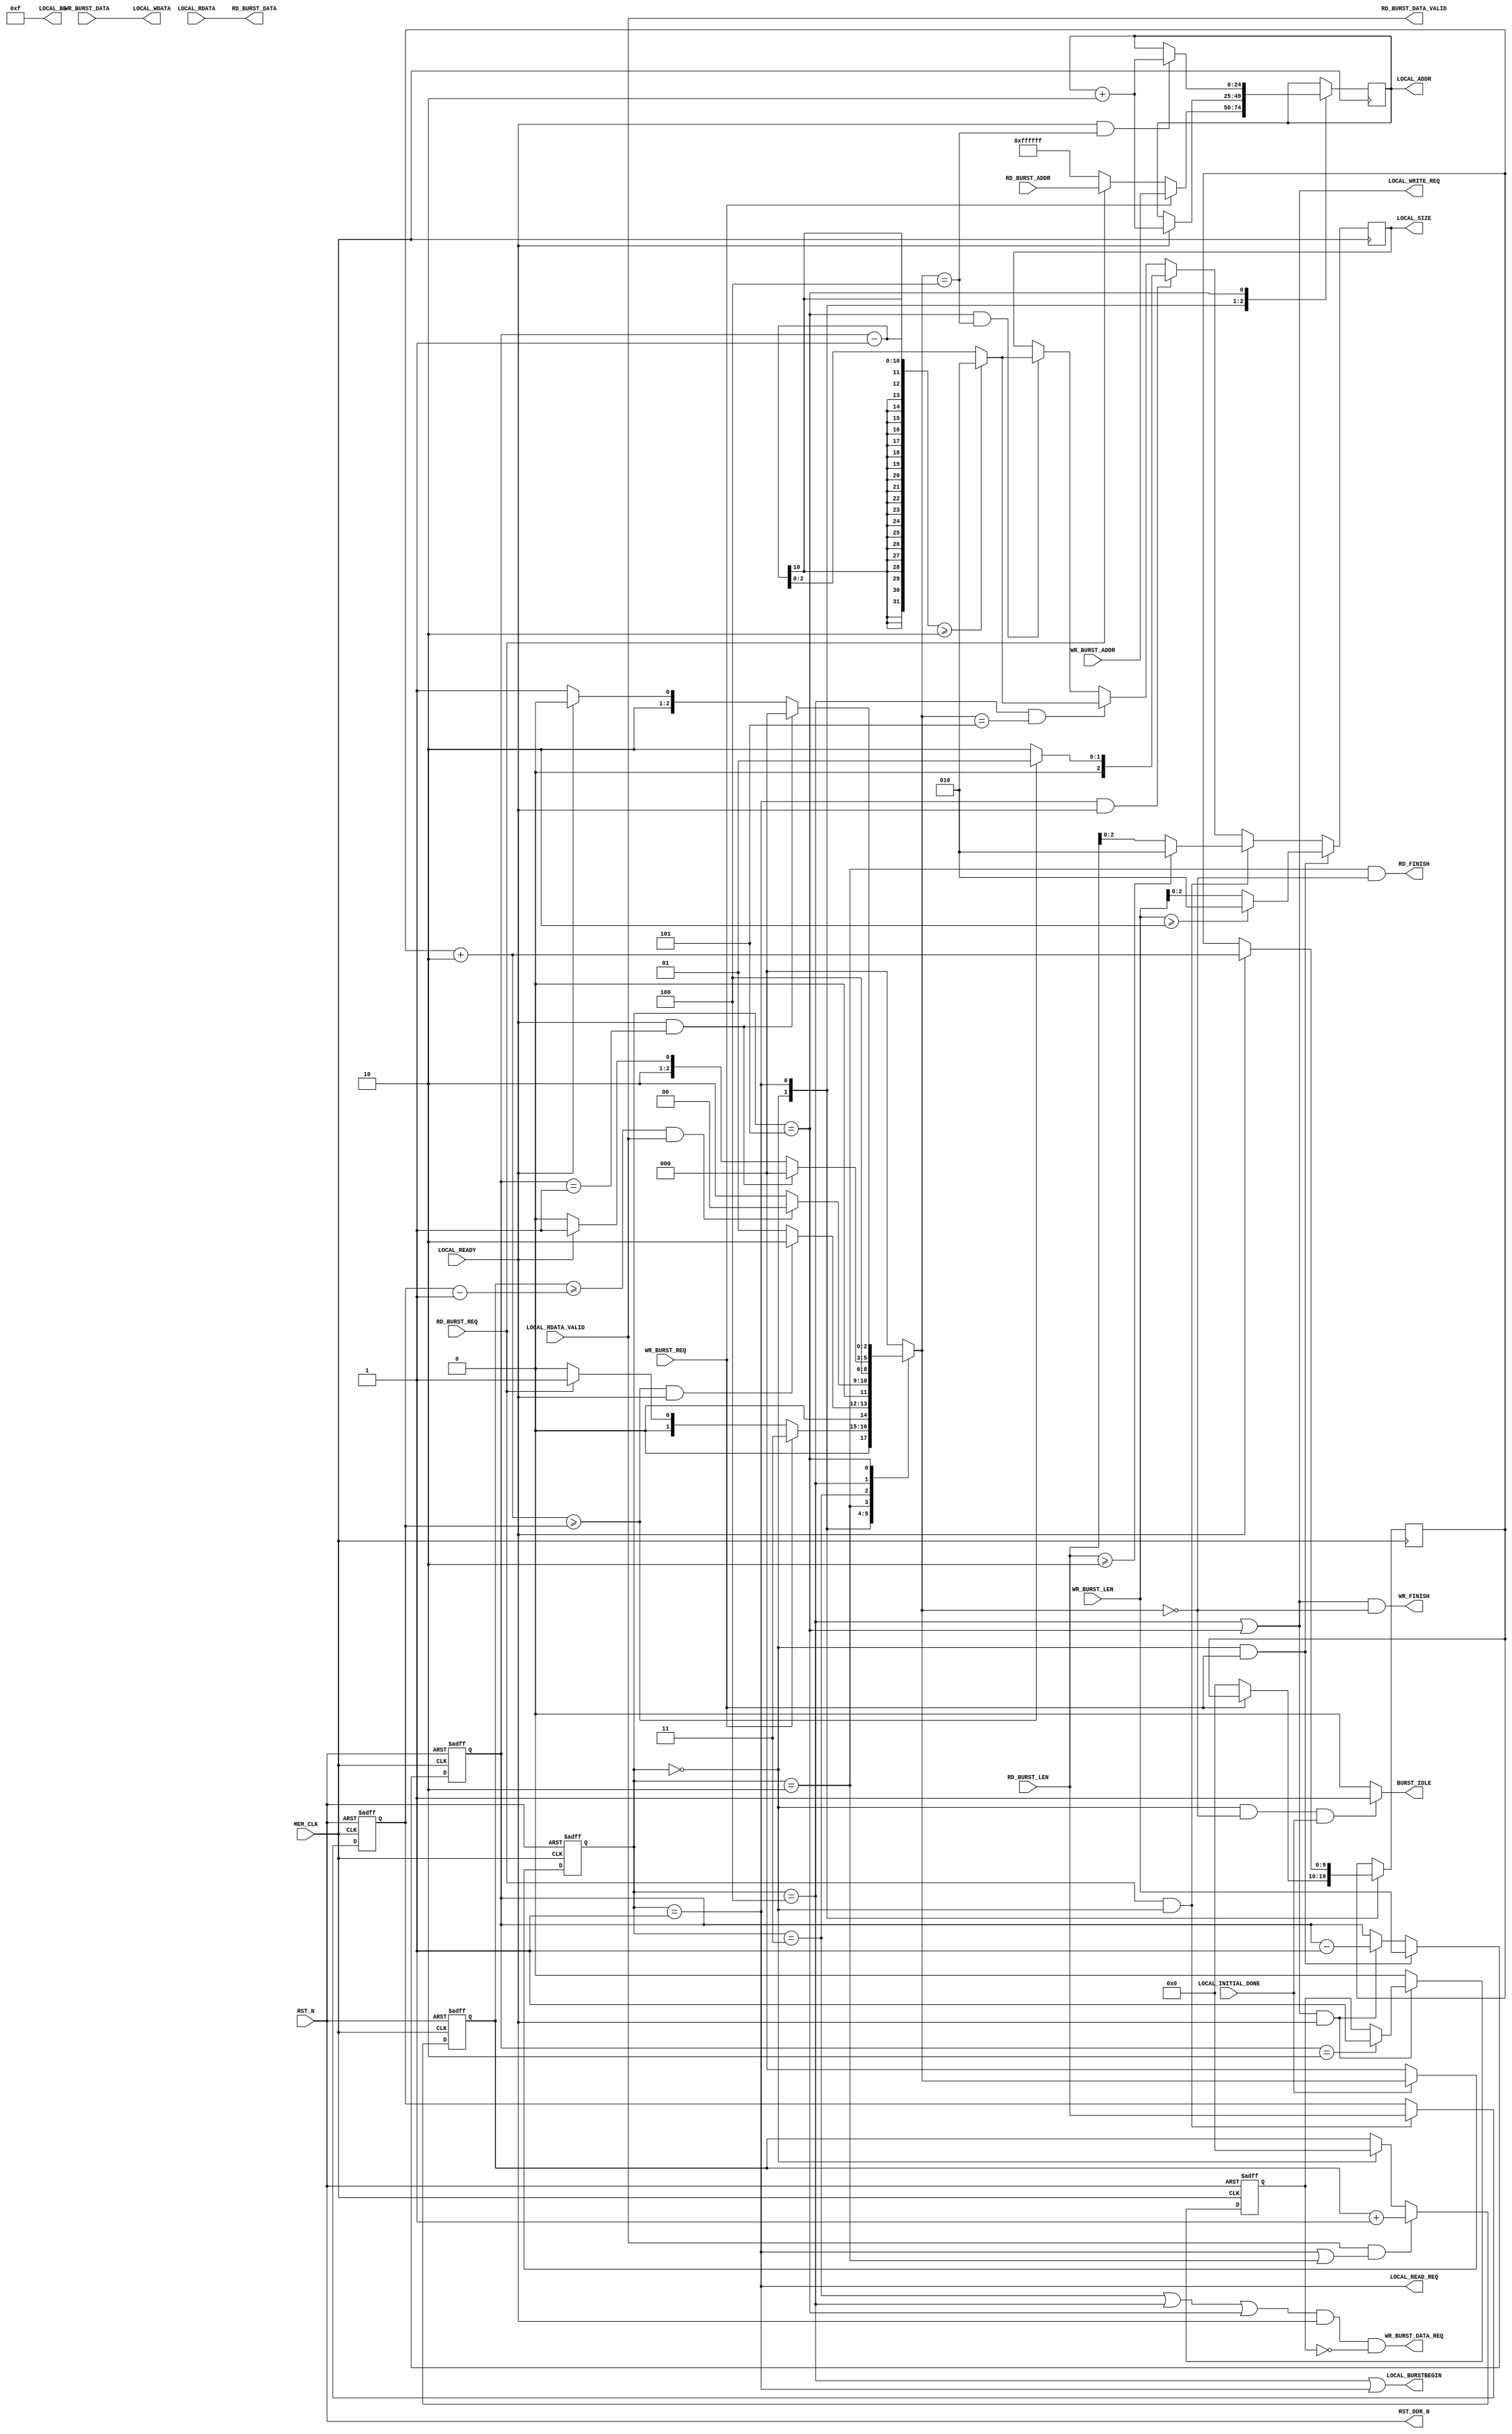
module mem_burst_ddr
#(
    parameter MEM_DATA_WIDTH=6'd32,
    parameter ADDR_WIDTH=6'd25,
    parameter LOCAL_SIZE_BITS=3'd3
)(
    input wire MEM_CLK,
    input wire RST_N,

    input wire WR_BURST_REQ,                        //done
    input wire [9:0] WR_BURST_LEN,                  //done
    input wire [ADDR_WIDTH-1:0]WR_BURST_ADDR,
    input wire [MEM_DATA_WIDTH-1:0]WR_BURST_DATA,
    output wire  WR_BURST_DATA_REQ,                 //done
//-----------------------------------//
    input wire RD_BURST_REQ,                        //done
    input wire [9:0] RD_BURST_LEN,                  //done
    input wire [ADDR_WIDTH-1:0] RD_BURST_ADDR,      //done
    output wire [MEM_DATA_WIDTH-1:0] RD_BURST_DATA,//done
    output wire RD_BURST_DATA_VALID,//done
//-----------------------------------//
    output wire  RD_FINISH,//done
    output wire  WR_FINISH,//done
    output wire  BURST_IDLE,//done

//---------------DDR_IP_CORE------------//
    input wire LOCAL_INITIAL_DONE,
    output wire RST_DDR_N,//done
    
    input wire LOCAL_READY,//done
    output wire [MEM_DATA_WIDTH-1:0] LOCAL_WDATA,//done
    output wire LOCAL_WRITE_REQ,//done
    output wire [LOCAL_SIZE_BITS:0]  LOCAL_BE,//done

    output reg [ADDR_WIDTH -1 :0] LOCAL_ADDR,//done
    output wire LOCAL_BURSTBEGIN,//done
    input wire LOCAL_RDATA_VALID,//done
    input wire [MEM_DATA_WIDTH-1:0] LOCAL_RDATA,//done
    output wire LOCAL_READ_REQ,//done
    output reg [LOCAL_SIZE_BITS-1:0] LOCAL_SIZE//done
);
    reg [9:0] rd_remain_len;
    reg [9:0] rd_valid_cnt;
    reg [9:0] rd_addr_cnt;
    reg [ADDR_WIDTH -1 :0] rd_addr_reg;
    parameter burst_param = 10'd2; 

    reg [9:0] wr_burst_len ;
    reg last_wr_burst_data_flag ;
    parameter IDLE = 3'd0;
    parameter BURST_RD_MEM = 3'd1;
    parameter BURST_RD_WAIT = 3'd2;
    parameter BURST_WR_BUFFER_STAGE = 3'd3;
    parameter BURST_WR_FIRST_STAGE = 3'd4;
    parameter BURST_WR_SECOND_STAGE = 3'd5;
    reg [2:0] state , nextstate;
//-------------FSM--------------//
    always @(posedge MEM_CLK or negedge RST_N) begin
        if (RST_N == 1'b0) begin
            state <= IDLE;
        end 
        else if (LOCAL_INITIAL_DONE == 1'b0) begin
            state <= IDLE;
        end 
        else begin
            state <= nextstate ;
        end
    end
    always @(*) begin
        case (state)
            IDLE: begin
                if (WR_BURST_REQ) begin
                    nextstate <= BURST_WR_BUFFER_STAGE;
                end 
                else if (RD_BURST_REQ) begin
                    nextstate <= BURST_RD_MEM;
                end 
                else begin
                    nextstate <= IDLE;
                end
            end 
            BURST_RD_MEM:begin 
                if (((rd_addr_cnt + burst_param)>=rd_remain_len)&&LOCAL_READY) begin
                    nextstate <= BURST_RD_WAIT;
                end 
                else begin
                    nextstate <= BURST_RD_MEM;
                end
            end 
            BURST_RD_WAIT :begin
                if ((rd_valid_cnt >= rd_remain_len - 10'd1)&&LOCAL_RDATA_VALID) begin
                    nextstate <= IDLE;
                end 
                else begin
                    nextstate <= BURST_RD_WAIT;
                end
            end 
            BURST_WR_BUFFER_STAGE :begin
                nextstate <= BURST_WR_FIRST_STAGE ;
            end 
            BURST_WR_FIRST_STAGE:begin
                if (LOCAL_READY&& wr_burst_len == 10'd1) begin
                    nextstate <= IDLE ;
                end 
                else if (LOCAL_READY) begin
                    nextstate <= BURST_WR_SECOND_STAGE;
                end 
                else begin
                    nextstate <= BURST_WR_FIRST_STAGE;
                end
            end 
            BURST_WR_SECOND_STAGE :begin
                if (LOCAL_READY && wr_burst_len== 10'd1) begin
                    nextstate <= IDLE;
                end 
                else if (LOCAL_READY) begin
                    nextstate <= BURST_WR_FIRST_STAGE;
                end 
                else begin
                    nextstate <= BURST_WR_SECOND_STAGE;
                end 
            end 
            default: begin
                nextstate <= IDLE ;    
            end
        endcase
    end 
    //-------------------LOCAL_ADDR-rd_addr_cnt-------------------//done
    always @(posedge MEM_CLK) begin
        case (state)
            IDLE:
            begin
                if (WR_BURST_REQ) begin
                    LOCAL_ADDR <= WR_BURST_ADDR;
                end 
                else if (RD_BURST_REQ) begin
                    LOCAL_ADDR <= RD_BURST_ADDR;
                    rd_addr_cnt <= 10'd0;
                end 
                else begin
                    LOCAL_ADDR <= 25'hffff_ff;
                    rd_addr_cnt <= 10'd0;
                end
            end 
            BURST_RD_MEM :
            begin
                if (LOCAL_READY) begin
                    LOCAL_ADDR <= LOCAL_ADDR + {14'd0,burst_param};
                    rd_addr_cnt <= rd_addr_cnt + burst_param;
                end 
                else begin
                    LOCAL_ADDR <= LOCAL_ADDR ;
                    rd_addr_cnt <= rd_addr_cnt ;
                end
            end 
            BURST_WR_SECOND_STAGE:
            begin 
                if (LOCAL_READY && (nextstate == BURST_WR_FIRST_STAGE)) begin
                    LOCAL_ADDR <= LOCAL_ADDR  +  {14'd0,burst_param};
                end 
                else begin
                    LOCAL_ADDR <= LOCAL_ADDR ;
                end
            end
            default: begin
                LOCAL_ADDR <= LOCAL_ADDR;
                rd_addr_cnt <= rd_addr_cnt;
            end
        endcase
    end 
    
    //-------------------rd_remain_len------------------//done
    always @(posedge MEM_CLK or negedge RST_N) begin
        if (RST_N == 1'b0) begin
            rd_remain_len <= 10'd0;
        end 
        else if (RD_BURST_REQ==1'b1&&(state==IDLE)) begin
            rd_remain_len <= RD_BURST_LEN;
        end 
        else begin
            rd_remain_len <= rd_remain_len;
        end
    end 
    //--------------------rd_valid_cnt------------------//done
    always @(posedge MEM_CLK or negedge RST_N ) begin
        if (RST_N == 1'b0) begin
            rd_valid_cnt<= 10'd0;
        end 
        else if ((LOCAL_RDATA_VALID==1'b1)&&(state == BURST_RD_MEM || state == BURST_RD_WAIT)) begin
            rd_valid_cnt <= rd_valid_cnt + 10'd1;
        end 
        else if (state == IDLE ) begin
            rd_valid_cnt <= 10'd0;
        end 
        else begin
            rd_valid_cnt <= rd_valid_cnt;
        end
    end 
    //--------------------wr_burst_len------------------//done
    always @(posedge MEM_CLK or negedge RST_N) begin
        if (RST_N == 1'b0) begin
            wr_burst_len <= 10'd0;
        end 
        else if (state == IDLE && WR_BURST_REQ) begin
            wr_burst_len <= WR_BURST_LEN;
        end 
        else if ((state == BURST_WR_FIRST_STAGE ||state == BURST_WR_SECOND_STAGE)&& LOCAL_READY) begin
            wr_burst_len <= wr_burst_len - 10'd1;
        end 
        else begin
            wr_burst_len <= wr_burst_len;
        end
    end 
    //----------------------------------LOCAL_SIZE----------------------------------//
    always @(posedge MEM_CLK) begin
        if ((state == IDLE)&&WR_BURST_REQ) begin
            LOCAL_SIZE <= (WR_BURST_LEN >= burst_param) ? burst_param : WR_BURST_LEN ;
        end 
        else if ((state == IDLE) && RD_BURST_REQ) begin
            LOCAL_SIZE <= (RD_BURST_LEN >= burst_param) ? burst_param : RD_BURST_LEN ;
        end 
        else if (state == BURST_RD_MEM && LOCAL_READY) begin
            LOCAL_SIZE <= ((rd_addr_cnt + burst_param)>= rd_remain_len ) ? 1 : burst_param;
        end 
        else if ((state == BURST_WR_FIRST_STAGE)&&(nextstate == BURST_WR_SECOND_STAGE))begin
            if (wr_burst_len - 1 >= burst_param) begin
                LOCAL_SIZE <= burst_param ;
            end 
            else begin
                LOCAL_SIZE <= wr_burst_len - 1;
            end
        end 
        else if ((state == BURST_WR_SECOND_STAGE)&&(nextstate == BURST_WR_FIRST_STAGE))begin
            if (wr_burst_len - 1 >= burst_param) begin
                LOCAL_SIZE <= burst_param;  
            end 
            else begin
                LOCAL_SIZE <= wr_burst_len - 1;
            end
        end 
        else begin
            LOCAL_SIZE <= LOCAL_SIZE ;
        end
    end 
    //----------------------------------last_wr_burst_data_flag----------------------------------//
    always @(posedge MEM_CLK or negedge RST_N) begin
        if (RST_N == 1'b0) begin
            last_wr_burst_data_flag <= 1'd0;
        end 
        else if ((state == BURST_WR_FIRST_STAGE ||state == BURST_WR_SECOND_STAGE)&& LOCAL_READY) begin
            if(wr_burst_len == 10'd2) begin
                last_wr_burst_data_flag <= 1'd1;
            end 
            else begin 
                last_wr_burst_data_flag <= last_wr_burst_data_flag;
            end
        end 
        else begin
            last_wr_burst_data_flag <= 1'd0;
        end
    end 
    
    //--------assign------------------------------------------------------
    assign RST_DDR_N = RST_N ; 
    assign WR_BURST_DATA_REQ = (((state == BURST_WR_BUFFER_STAGE)||(state == BURST_WR_FIRST_STAGE))||(state == BURST_WR_SECOND_STAGE))&& LOCAL_READY && ~last_wr_burst_data_flag;
    assign LOCAL_WDATA = WR_BURST_DATA ;
    assign LOCAL_WRITE_REQ = ((state == BURST_WR_FIRST_STAGE)||(state == BURST_WR_SECOND_STAGE));
    assign LOCAL_READ_REQ = (state == BURST_RD_MEM);
    assign LOCAL_BE = 4'b1111;

    assign RD_BURST_DATA_VALID = LOCAL_RDATA_VALID;
    assign RD_BURST_DATA = LOCAL_RDATA;

    assign LOCAL_BURSTBEGIN = ((state == BURST_WR_FIRST_STAGE ) || (state == BURST_RD_MEM ));
    assign RD_FINISH = (state == BURST_RD_WAIT)&&(nextstate == IDLE );
    assign WR_FINISH = (state == BURST_WR_FIRST_STAGE || state == BURST_WR_SECOND_STAGE ) && (nextstate == IDLE ) ;
    assign BURST_IDLE = (state == IDLE && nextstate == IDLE && LOCAL_INITIAL_DONE )? 1'b1:1'b0 ;  
    //-------------------------------------------------------------------
endmodule